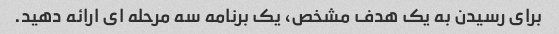
برای رسیدن به یک هدف مشخص، یک برنامه سه مرحله ای ارائه دهید.